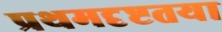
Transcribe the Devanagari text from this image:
प्रथमदृष्टतया